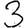
Digit: 3